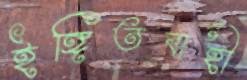
ইঙ্গিতবাহী